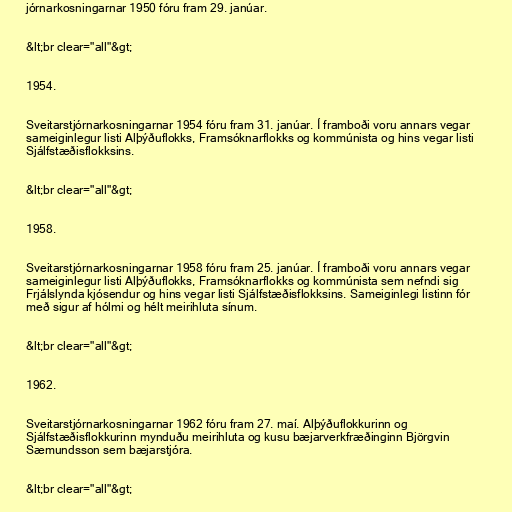
jórnarkosningarnar 1950 fóru fram 29. janúar.

&lt;br clear="all"&gt;

1954.

Sveitarstjórnarkosningarnar 1954 fóru fram 31. janúar. Í framboði voru annars vegar
sameiginlegur listi Alþýðuflokks, Framsóknarflokks og kommúnista og hins vegar listi
Sjálfstæðisflokksins.

&lt;br clear="all"&gt;

1958.

Sveitarstjórnarkosningarnar 1958 fóru fram 25. janúar. Í framboði voru annars vegar
sameiginlegur listi Alþýðuflokks, Framsóknarflokks og kommúnista sem nefndi sig
Frjálslynda kjósendur og hins vegar listi Sjálfstæðisflokksins. Sameiginlegi listinn fór
með sigur af hólmi og hélt meirihluta sínum.

&lt;br clear="all"&gt;

1962.

Sveitarstjórnarkosningarnar 1962 fóru fram 27. maí. Alþýðuflokkurinn og
Sjálfstæðisflokkurinn mynduðu meirihluta og kusu bæjarverkfræðinginn Björgvin
Sæmundsson sem bæjarstjóra.

&lt;br clear="all"&gt;